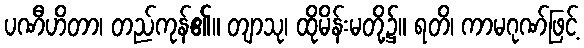
ပဏီဟိတာ၊ တည်ကုန်၏။ တျာသု၊ ထိုမိန်းမတို့၌။ ရတိ၊ ကာမဂုဏ်ဖြင့်